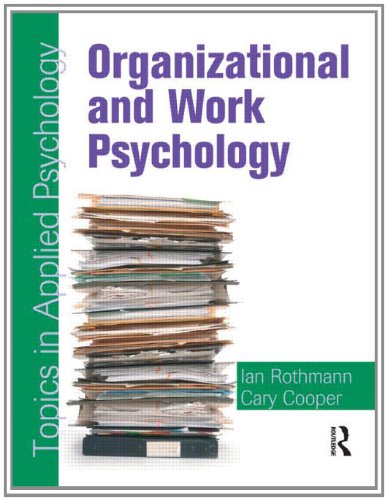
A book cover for Organizational and Work Psychology: Topics in Applied Psychology; Cary Cooper; Medical Books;